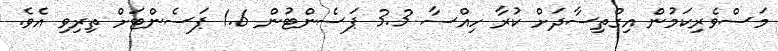
މަސްވެރިކަމުން އިގްތިސާދަށް ކުރާ ހިއްސާ 3.3 ޕަސެންޓުން 1.6 ޕަސެންޓަށް ތިރިވި އެވެ.